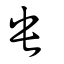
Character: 央